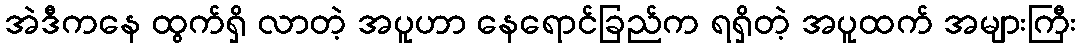
အဲဒီကနေ ထွက်ရှိ လာတဲ့ အပူဟာ နေရောင်ခြည်က ရရှိတဲ့ အပူထက် အများကြီး